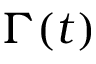
\Gamma ( t )